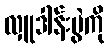
လှူဒါန်းပွဲကို